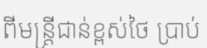
ពីមន្ត្រីជាន់ខ្ពស់ថៃ ប្រាប់